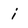
Character: i